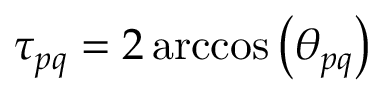
\tau _ { p q } = 2 \operatorname { a r c c o s } \left( \theta _ { p q } \right)